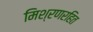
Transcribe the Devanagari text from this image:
मिश्रणरहित